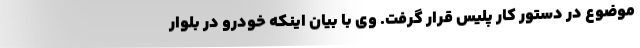
موضوع در دستور کار پلیس قرار گرفت. وی با بیان اینکه خودرو در بلوار